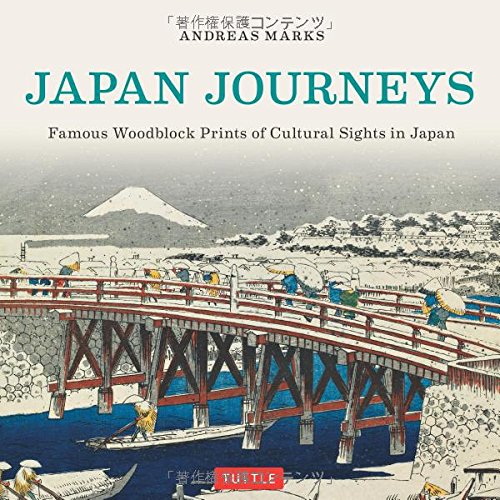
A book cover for Japan Journeys: Famous Woodblock Prints of Cultural Sights in Japan; Andreas Marks; Arts & Photography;